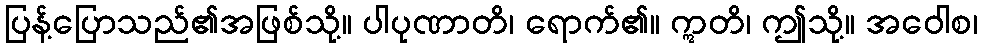
ပြန့်ပြောသည်၏အဖြစ်သို့။ ပါပုဏာတိ၊ ရောက်၏။ ဣတိ၊ ဤသို့။ အဝေါစ၊